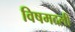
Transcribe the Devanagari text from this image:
विषमदली